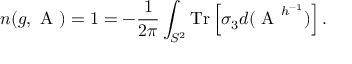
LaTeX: n ( g , \mathrm { \boldmath ~ A ~ } ) = 1 = - \frac { 1 } { 2 \pi } \int _ { S ^ { 2 } } \mathrm { T r } \left[ \sigma _ { 3 } d ( \mathrm { \boldmath ~ A ~ } ^ { h ^ { - 1 } } ) \right] .